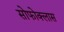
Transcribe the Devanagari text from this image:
सोफोक्लास